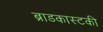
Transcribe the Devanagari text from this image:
ब्राडकास्टकी